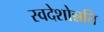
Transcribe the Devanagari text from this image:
स्वदेशोन्नति